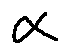
\alpha